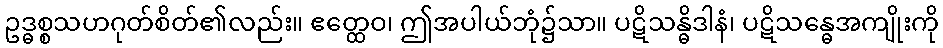
ဥဒ္ဓစ္စသဟဂုတ်စိတ်၏လည်း။ ဧတ္ထေဝ၊ ဤအပါယ်ဘုံ၌သာ။ ပဋိသန္ဓိဒါနံ၊ ပဋိသန္ဓေအကျိုးကို